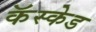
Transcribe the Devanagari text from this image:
कॅस्केड